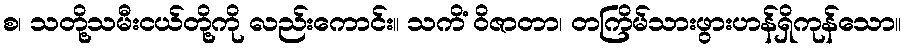
စ၊ သတို့သမီးငယ်တို့ကို လည်းကောင်း။ သကိံ ဝိဇာတာ၊ တကြိမ်သားဖွားဟန်ရှိကုန်သော။